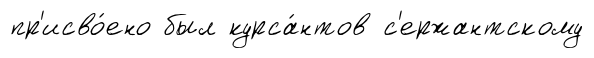
пр'исво́ено был курса́нтов с'ержантскому